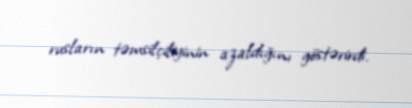
rusların təmsilçiliyinin azaldığını göstərirdi.